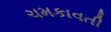
ચમકાવતી